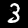
Label: 3